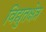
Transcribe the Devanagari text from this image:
विद्युतक्षेत्र